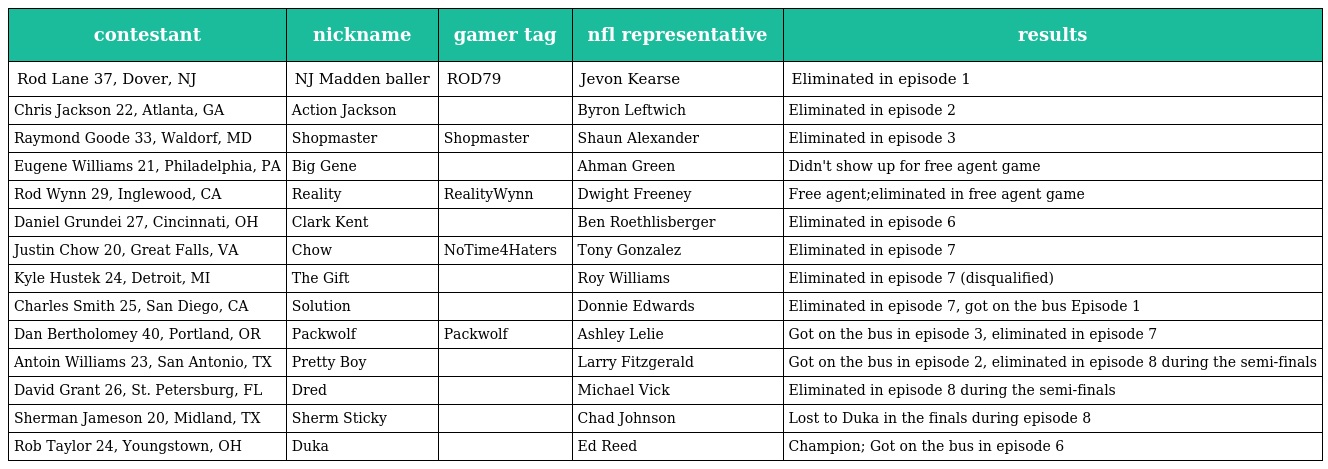
| contestant | nickname | gamer tag | nfl representative | results |
 | --- | --- | --- | --- | --- |
 | Rod Lane 37, Dover, NJ | NJ Madden baller | ROD79 | Jevon Kearse | Eliminated in episode 1 |
 | Chris Jackson 22, Atlanta, GA | Action Jackson |  | Byron Leftwich | Eliminated in episode 2 |
 | Raymond Goode 33, Waldorf, MD | Shopmaster | Shopmaster | Shaun Alexander | Eliminated in episode 3 |
 | Eugene Williams 21, Philadelphia, PA | Big Gene |  | Ahman Green | Didn't show up for free agent game |
 | Rod Wynn 29, Inglewood, CA | Reality | RealityWynn | Dwight Freeney | Free agent;eliminated in free agent game |
 | Daniel Grundei 27, Cincinnati, OH | Clark Kent |  | Ben Roethlisberger | Eliminated in episode 6 |
 | Justin Chow 20, Great Falls, VA | Chow | NoTime4Haters | Tony Gonzalez | Eliminated in episode 7 |
 | Kyle Hustek 24, Detroit, MI | The Gift |  | Roy Williams | Eliminated in episode 7 (disqualified) |
 | Charles Smith 25, San Diego, CA | Solution |  | Donnie Edwards | Eliminated in episode 7, got on the bus Episode 1 |
 | Dan Bertholomey 40, Portland, OR | Packwolf | Packwolf | Ashley Lelie | Got on the bus in episode 3, eliminated in episode 7 |
 | Antoin Williams 23, San Antonio, TX | Pretty Boy |  | Larry Fitzgerald | Got on the bus in episode 2, eliminated in episode 8 during the semi-finals |
 | David Grant 26, St. Petersburg, FL | Dred |  | Michael Vick | Eliminated in episode 8 during the semi-finals |
 | Sherman Jameson 20, Midland, TX | Sherm Sticky |  | Chad Johnson | Lost to Duka in the finals during episode 8 |
 | Rob Taylor 24, Youngstown, OH | Duka |  | Ed Reed | Champion; Got on the bus in episode 6 |